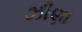
ઝીણા